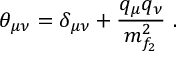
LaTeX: \theta _ { \mu \nu } = \delta _ { \mu \nu } + \frac { q _ { \mu } q _ { \nu } } { m _ { f _ { 2 } } ^ { 2 } } \ .